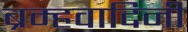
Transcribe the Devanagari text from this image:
ब्रम्हवादिनी